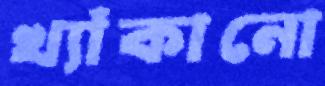
খ্যাঁকানো